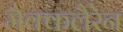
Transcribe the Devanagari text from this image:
मैक्कलैरेन